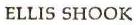
ELLIS SHOOK